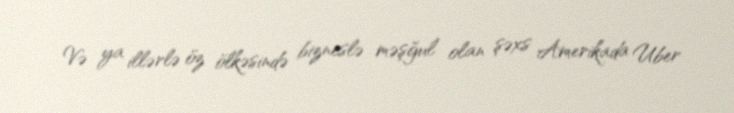
Və ya illərlə öz ölkəsində bizneslə məşğul olan şəxs Amerikada Uber